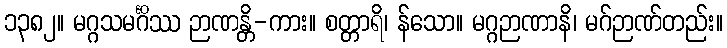
၁၃၈၂။ မဂ္ဂသမင်္ဂိဿ ဉာဏန္တိ-ကား။ စတ္တာရိ၊ န်သော။ မဂ္ဂဉာဏာနိ၊ မဂ်ဉာဏ်တည်း။